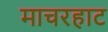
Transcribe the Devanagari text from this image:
माचरहाट